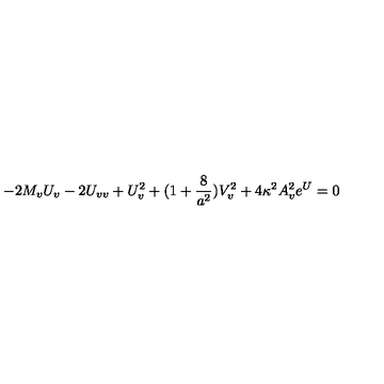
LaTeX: - 2 M _ { v } U _ { v } - 2 U _ { v v } + U _ { v } ^ { 2 } + ( 1 + { \frac { 8 } { a ^ { 2 } } } ) V _ { v } ^ { 2 } + 4 \kappa ^ { 2 } A _ { v } ^ { 2 } e ^ { U } = 0